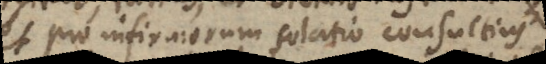
et pro infirmorum solatio consultius